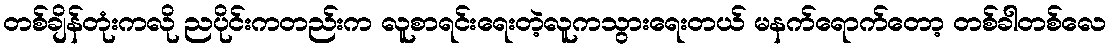
တစ်ချိန်တုံးကလို ညပိုင်းကတည်းက လူစာရင်းရေးတဲ့လူကသွားရေးတယ် မနက်ရောက်တော့ တစ်ခါတစ်လေ